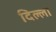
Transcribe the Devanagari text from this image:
दिल्ला